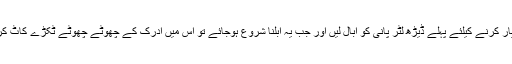
اسے تیار کرنے کیلئے پہلے ڈیڑھ لٹر پانی کو ابال لیں اور جب یہ ابلنا شروع ہوجائے تو اس میں ادرک کے چھوٹے چھوٹے ٹکڑے کاٹ کر ڈالیں۔